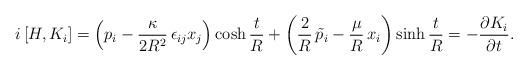
LaTeX: \begin{align*}i\,[H,K_{i}]=\left(p_{i}-\frac{\kappa}{2R^{2}}\,\epsilon_{ij}x_{j}\right)\cosh\frac{t}{R}+\left(\frac{2}{R}\,\tilde{p}_{i}-\frac{\mu}{R}\,x_{i}\right)\sinh\frac{t}{R}=-\frac{\partial K_{i}}{\partial t}.\end{align*}